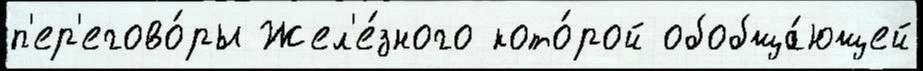
п'ер'егово́ры Жел'е́зного кото́рой обобща́ющей